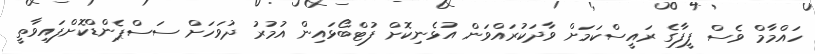
ހައްމާމް ވެސް ފީފާގެ ރައީސްކަމަށް ވާދަކުރައްވަން އުޅެނިކޮށް ފުޓްބޯޅައިން އުމުރު ދުވަހަށް ސަސްޕެންޑްކޮށްފައިވާތީ